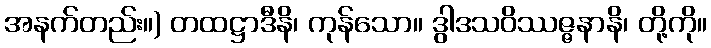
အနက်တည်း။) တထဋ္ဌာဒီနိ၊ ကုန်သော။ ဒွါဒသဝိဿဇ္ဇနာနိ၊ တို့ကို။